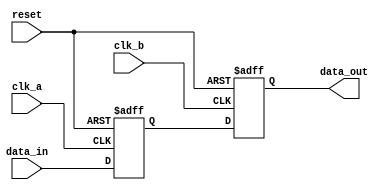
module dual_port_bypass_register (
  input clk_a,
  input clk_b,
  input reset,
  input [31:0] data_in,
  output reg [31:0] data_out
);

reg [31:0] sync_data;

always @(posedge clk_a or posedge reset) begin
  if (reset)
    sync_data <= 0;
  else
    sync_data <= data_in;
end

always @(posedge clk_b or posedge reset) begin
  if (reset)
    data_out <= 0;
  else
    data_out <= sync_data;
end

endmodule